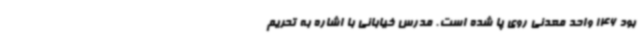
بود 146 واحد معدنی روی پا شده است. مدرس خیابانی با اشاره به تحریم